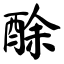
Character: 酴